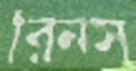
রিনস